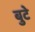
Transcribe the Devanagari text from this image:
बुटे